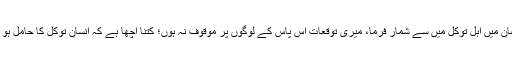
مجھے ماہ رمضان میں اہل توکل میں سے شمار فرما، میری توقعات آس پاس کے لوگوں پر موقوف نہ ہوں؛ کتنا اچھا ہے کہ انسان توکل کا حامل ہو اور اہل توکل ہو۔